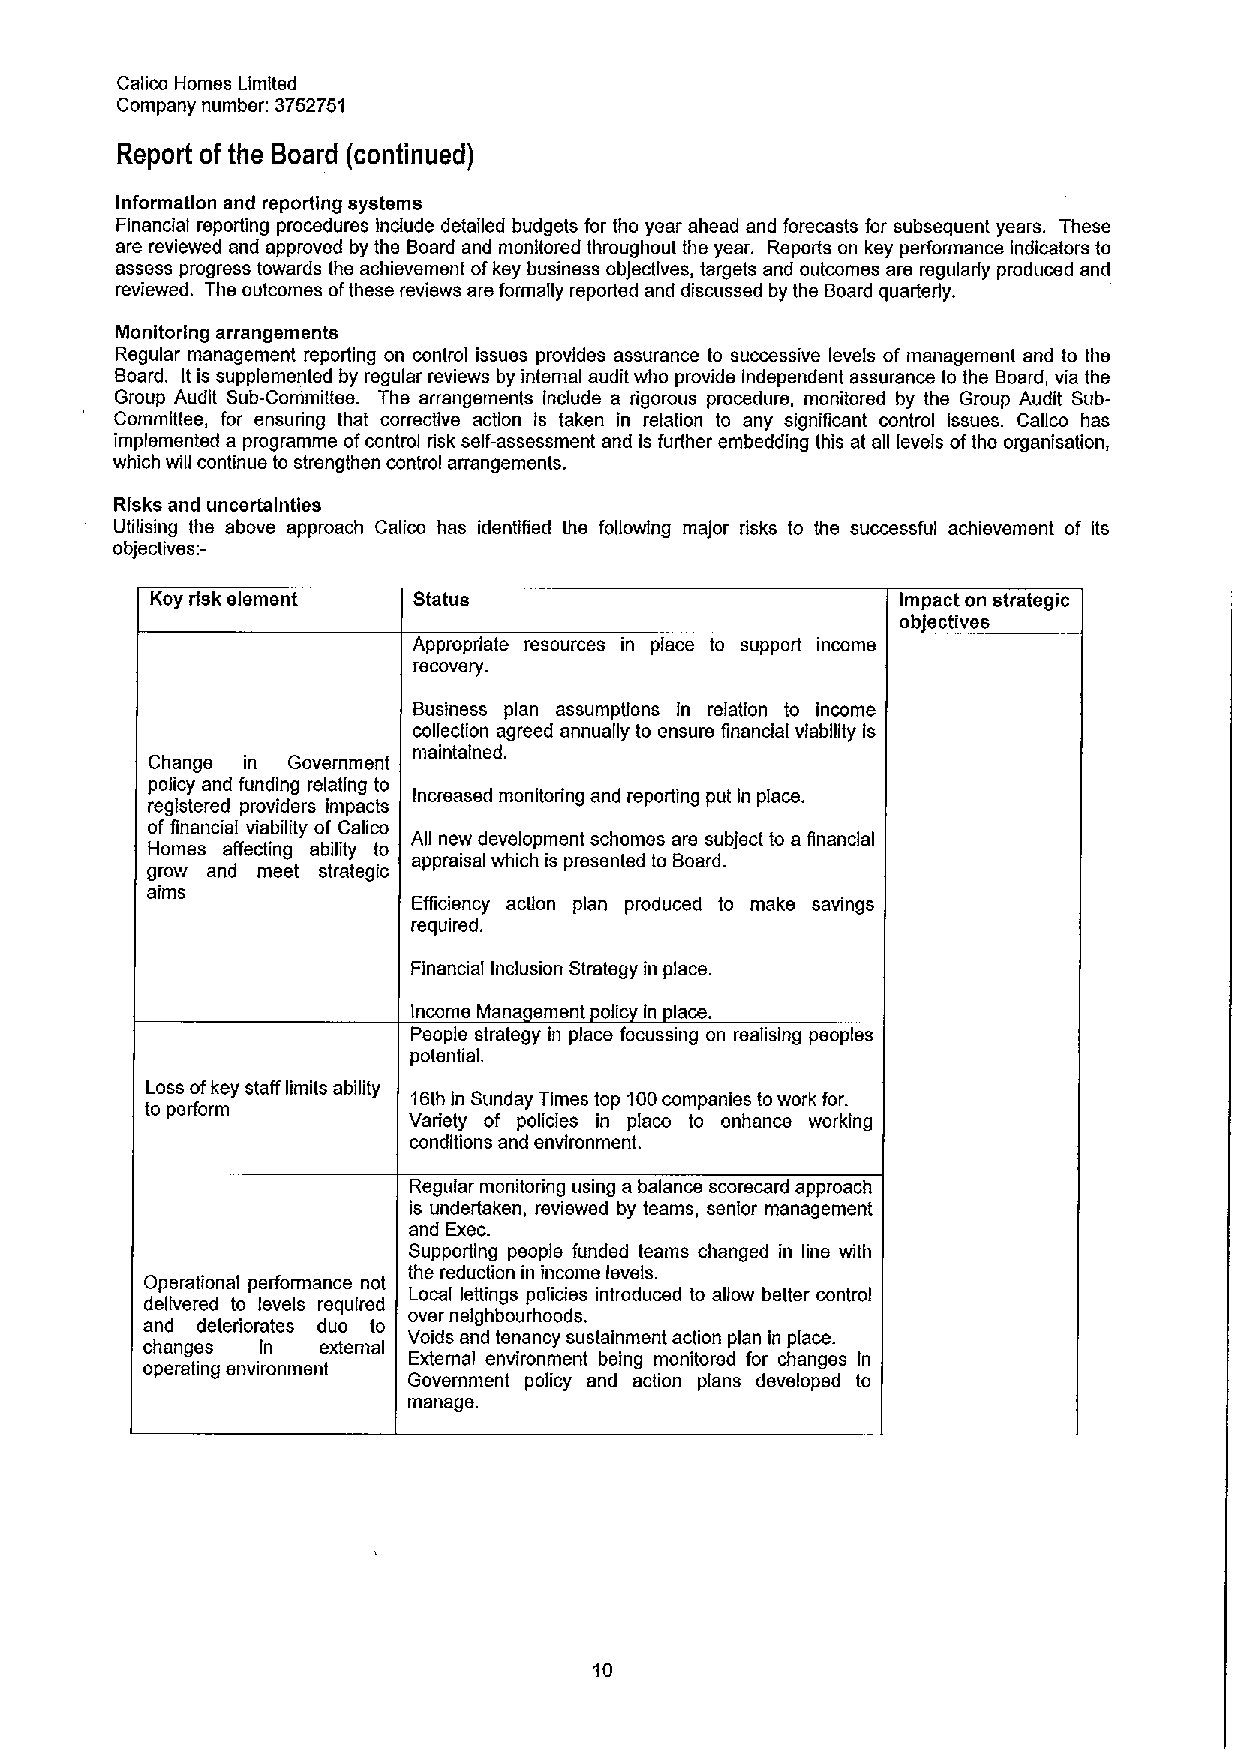
Calico Homes Limited
 Company number: 3752751
 Report of the Board (continued)
 Information and reporting systems
 Financial reporting procedures Include detailed budgets for the year ahead and forecasts for subsequent years. These
 are reviewed and approved by the Board and monitored throughout the year. Reports on ksy performance indicators to
 assess progress towards the achievement ofksy business objectives, targets and outcomes are regularly produced and
 reviewed. The outcomes ofthese reviews are formally reported and discussed by ths Board quarterly.
 Monitoring arrangements
 Regular management reporting on control issues provides assurance to successive levels of management and to the
 Board. It is supplemented by regular reviews by internal audit who provide independent assurance to the Board, via the
 Group Audit Sub-Committee. The arrangements Include a rigorous procedure, monitored by ths Group Audit Sub-
 Committee, for ensuring that corrective action Is taken in relation to any significant control issues. Calico has
 implemented a programme ofcontrol risk self-assessment and is further embedding this at all levels ofthe organisation,
 which will continue to strengthen control arrangements.
 Risks and uncertainties
 Utilising ths above approach Calico has identified ths following major risks to the successful achievement of its
 objecttvesi-
 Key risk element Statue                           Impact on strategic
 ob ectives
 Appropriate resources in place to support income
 scovsry.
 I
 Business plan assumptions In relation to income
 collection agreed annually to ensure financial viability is
 maintained.
 Change in Government
 policy and funding relating to
 registered providers impacts Increased monitoring and repoAing put in place.
 of financial viability of Calico
 AII new development schemes ars subject to a Rnanclal
 Homes affecting ability to
 appraisal which is presented to Board.
 grow and meet strategic
 aims
 Efficienc action plan produced to make savings
 required.
 Financial Inclusion Strategy in place.
 Income Mana ament olic In lace.
 People strategy in place focussing on realising peoples
 potential.
 Loss ofkey staff limits ability
 16th In Sunday Times top 100companies towork for.
 to perform
 Variety of policies in place to enhance working
 conditions and environment.
 Regular monitoring using a balance scorecard approach
 is undertaken, reviewed by teams, senior management
 and Exec.
 Supporting people funded teams changed in line with
 the reduction in income levels.
 Operational performance not
 Local lettings policies introduced to allow better control
 delivered to levels required
 over nelghbourhoods.
 and deteriorates due to
 changes In  external Voids and tenancy sustainmsnt action plan in place.
 External environment being monitored for changes In
 operating environment
 Government policy and action plans developed to
 manage.
 10